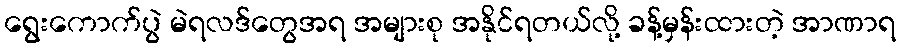
ရွေးကောက်ပွဲ မဲရလဒ်တွေအရ အများစု အနိုင်ရတယ်လို့ ခန့်မှန်းထားတဲ့ အာဏာရ